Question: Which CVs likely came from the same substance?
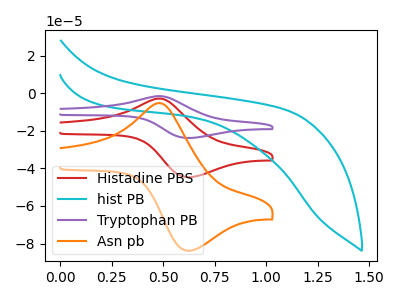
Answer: <think>The red curve "Histadine PBS" has an anodic peak at (0.50V, -2.90uA) and a cathodic peak at (0.60V, -44.65uA). The cyan curve "hist PB" has no peaks. The purple curve "Tryptophan PB" has an anodic peak at (0.50V, -5.75uA) and a cathodic peak at (0.60V, -89.35uA). The orange curve "Asn pb" has an anodic peak at (0.50V, -5.40uA) and a cathodic peak at (0.60V, -83.85uA).
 "Histadine PBS" and "hist PB" have a different number of peaks. All the peaks in "Histadine PBS" have a peak in "Tryptophan PB" at the same potential. All the peaks in "Histadine PBS" have a peak in "Asn pb" at the same potential. "hist PB" and "Tryptophan PB" have a different number of peaks. "hist PB" and "Asn pb" have a different number of peaks. All the peaks in "Tryptophan PB" have a peak in "Asn pb" at the same potential.</think>
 <answer>"Asn pb", "Histadine PBS" and "Tryptophan PB" have the same shape and are likely CV's of the same chemical.</answer>
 <eval>"Asn pb" "Histadine PBS" "Tryptophan PB"</eval>